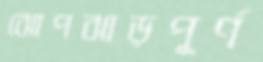
ঝোপঝাড়পূর্ণ